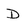
Character: D